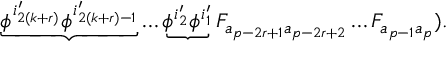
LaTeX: \underbrace { \phi ^ { i _ { 2 ( k + r ) } ^ { \prime } } \phi ^ { i _ { 2 ( k + r ) - 1 } ^ { \prime } } } \ldots \underbrace { \phi ^ { i _ { 2 } ^ { \prime } } \phi ^ { i _ { 1 } ^ { \prime } } } F _ { a _ { p - 2 r + 1 } a _ { p - 2 r + 2 } } \ldots F _ { a _ { p - 1 } a _ { p } } ) .